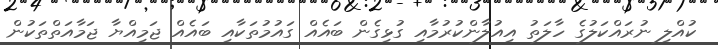
ކުއްލި ނުރައްކަލުގެ ހާލަތު އިއުލާންކުރުމާއި ގުޅިގެން ބައެއް ގައުމުތަކާއި ބައެއް ޖަމިއްޔާ ޖަމާއަތްތަކުން